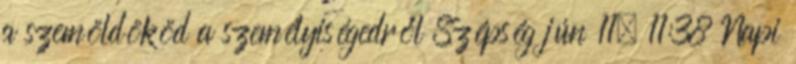
a szemöldököd a személyiségedről Szépség jún 11. 11:38 Napi